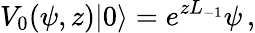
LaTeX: V_{0}(\psi,z)|0\rangle=e^{zL_{-1}}\psi\, ,